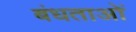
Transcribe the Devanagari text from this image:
बंधताओं